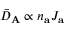
\bar { D } _ { \mathbf { A } } \propto n _ { \mathbf { a } } J _ { \mathbf { a } }